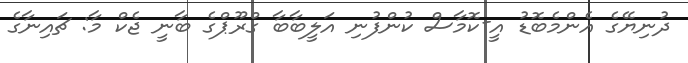
ދުނިޔޭގެ އެންމެބޮޑު އީ-ކޮމާސް ކުންފުނި އަލީބާބާ ގްރޫޕްގެ ބާނީ ޖެކް މާ: ޗައިނާގެ